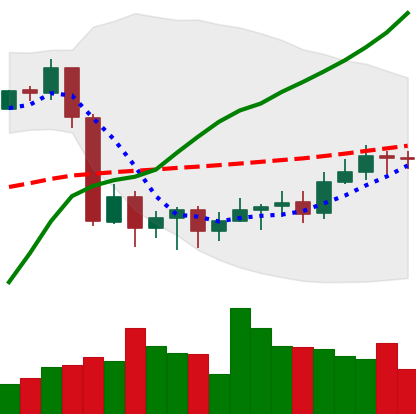
Ticker: BTC-USD
Chart end date: 2020-09-18
Forward return: -6.381%
Label: down_5_7